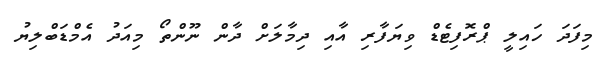
މިފަދަ ހައިލީ ޕްރޮފިޓެޑް ވިޔަފާރި އާއި ދިމާލަށް ދާން ނޫންތޯ މިއަދު އެމްޑަބްލިޔު